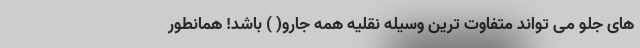
های جلو می تواند متفاوت ترین وسیله نقلیه همه جارو( ) باشد! همانطور